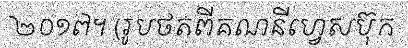
២០១៧។ (រូបថតពីគណនីហ្វេសប៊ុក